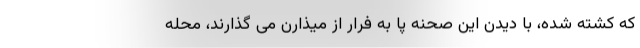
که کشته شده، با دیدن این صحنه پا به فرار از میذارن می گذارند، محله